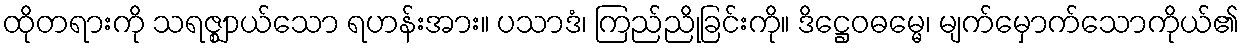
ထိုတရားကို သရဇ္ဈာယ်သော ရဟန်းအား။ ပသာဒံ၊ ကြည်ညိုခြင်းကို။ ဒိဋ္ဌေဝဓမ္မေ၊ မျက်မှောက်သောကိုယ်၏